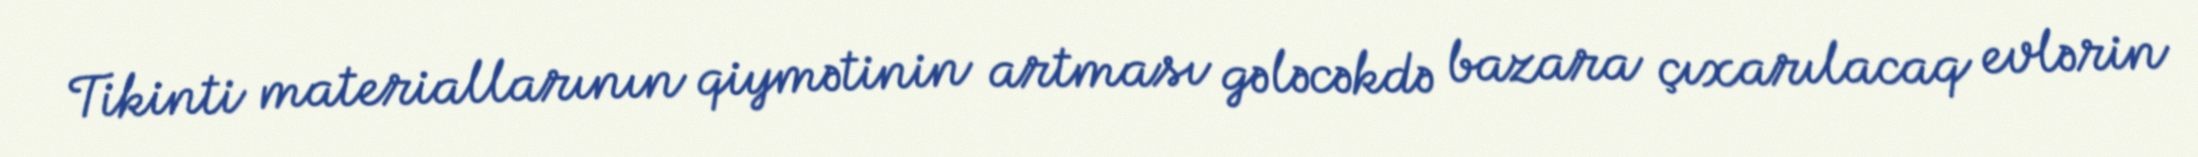
Tikinti materiallarının qiymətinin artması gələcəkdə bazara çıxarılacaq evlərin